342_HS1-416511228_319.1 Flying Discs 1949
Agency: Department of War
Incident date: 1/9/50
Page 60
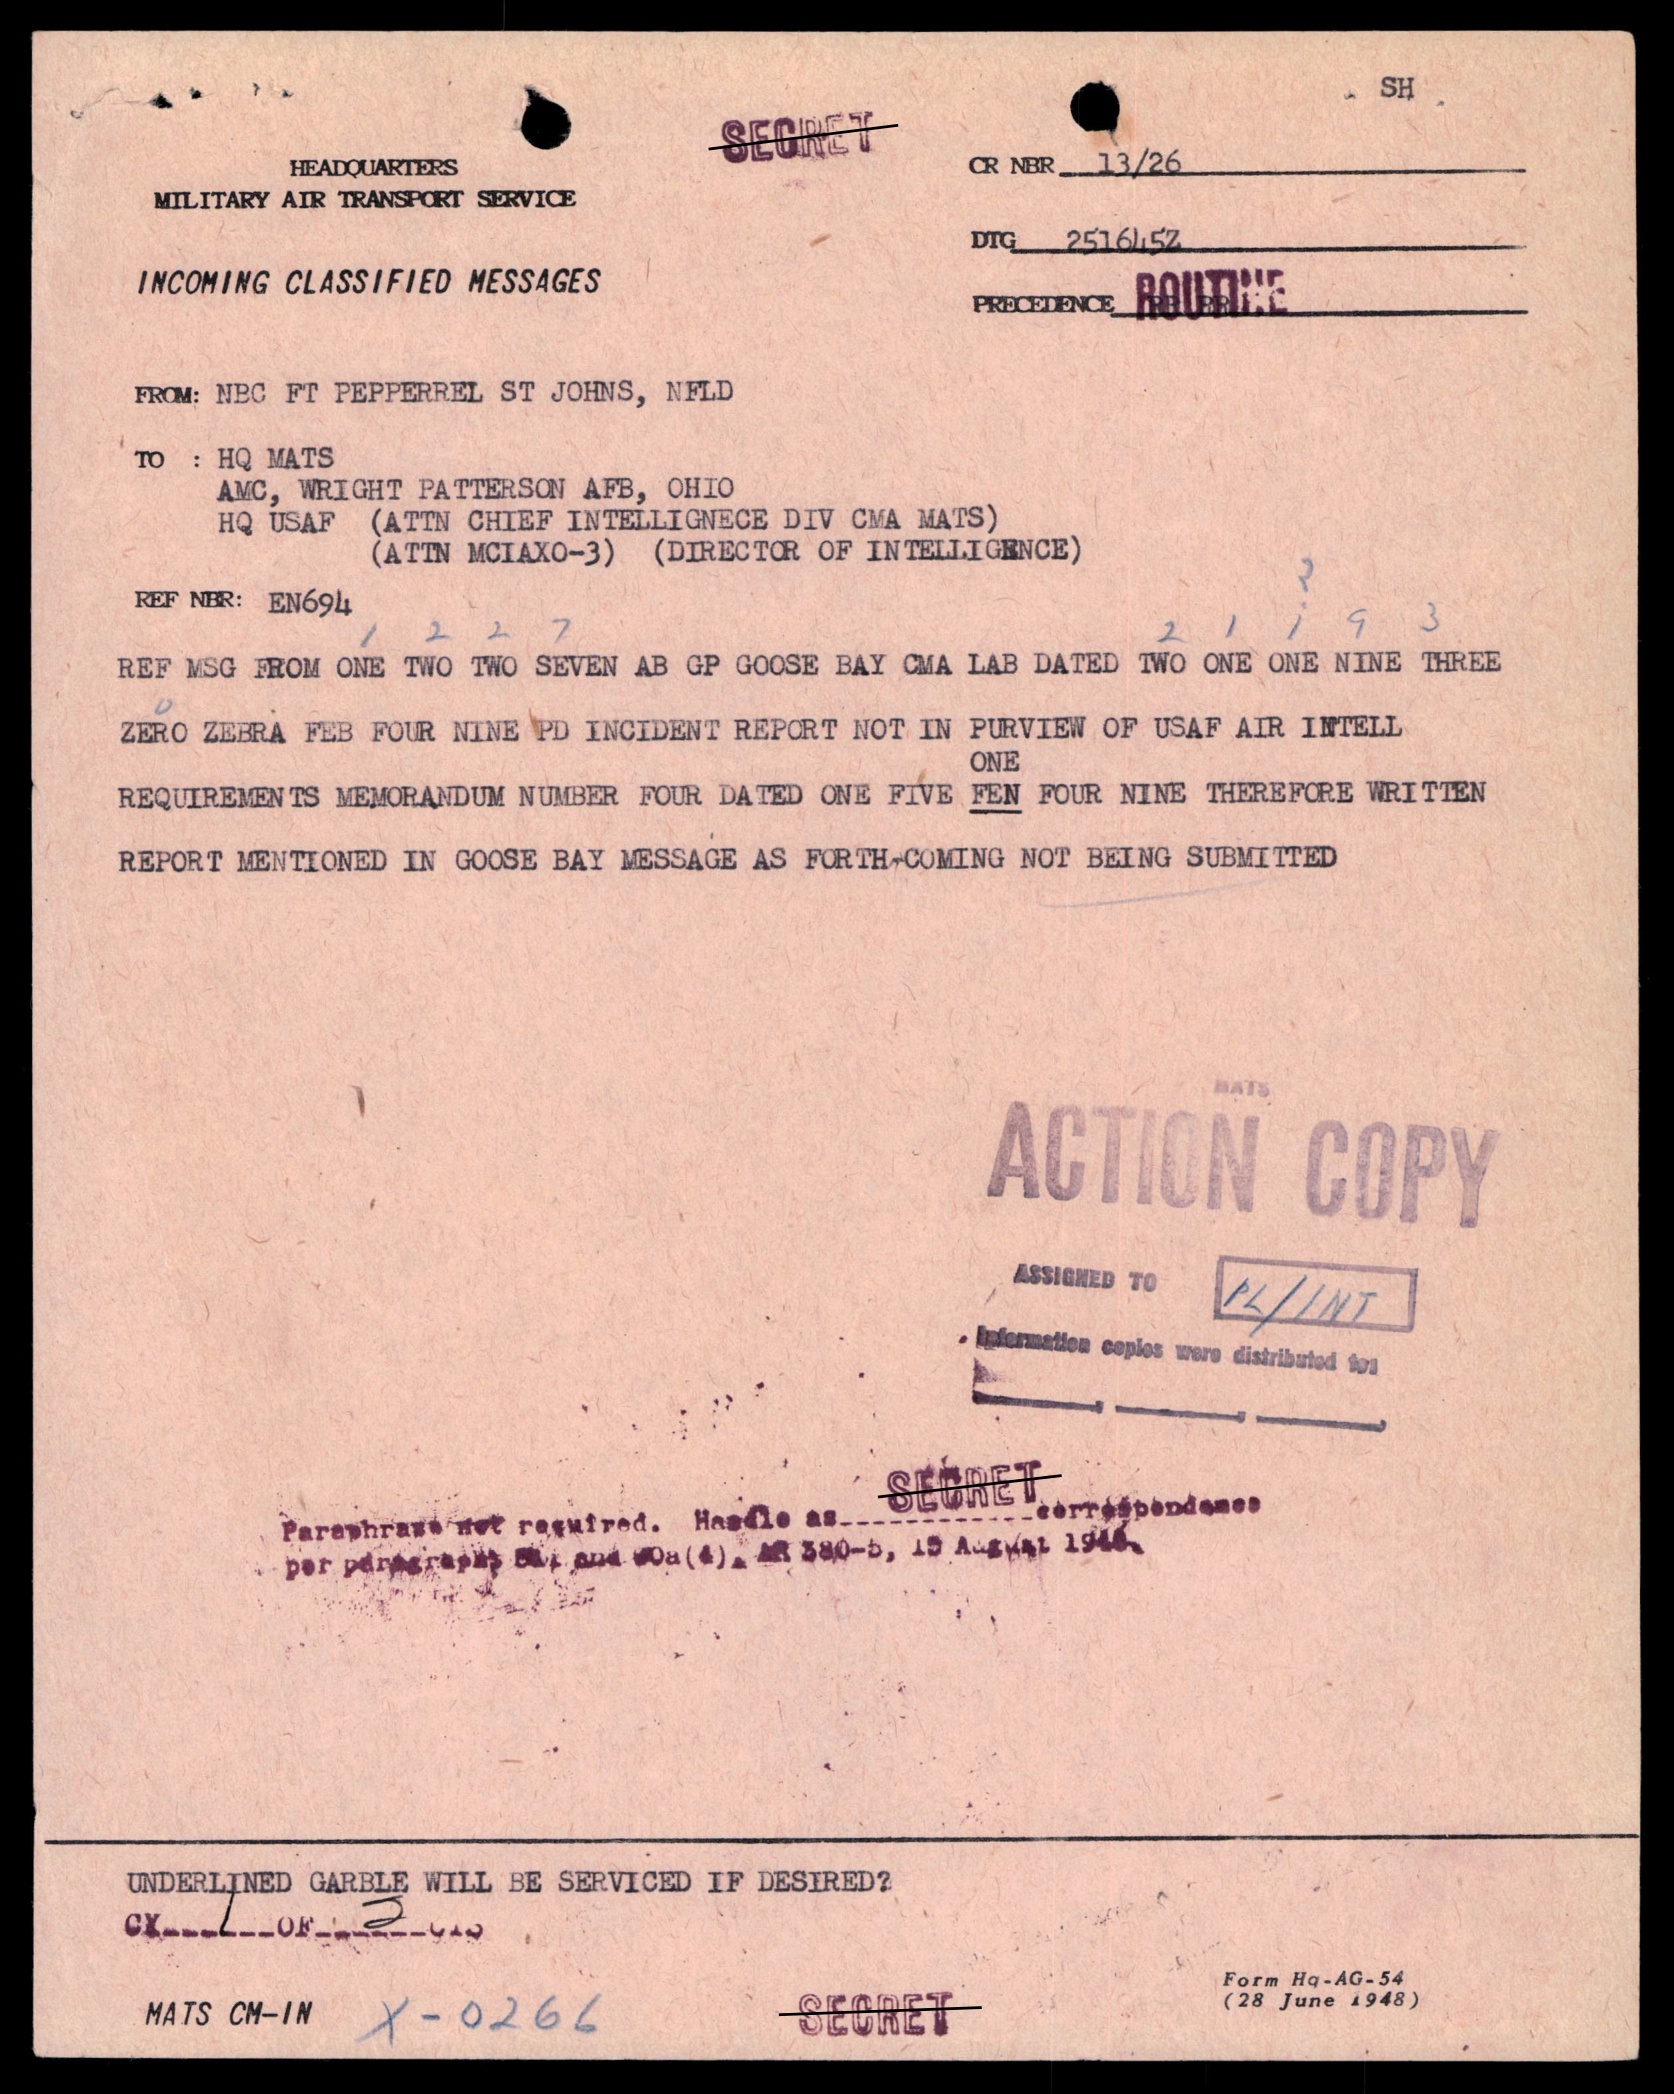